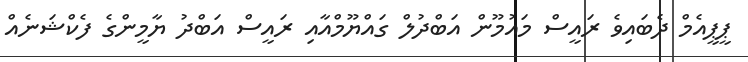
ޕީޕީއެމް ދެބައިވެ ރައީސް މައުމޫން އަބްދުލް ގައްޔޫމްއާއި ރައީސް އަބްދު ޔާމީންގެ ފެކްޝަނެއް